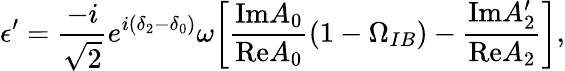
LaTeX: \epsilon^{\prime}=\frac{-i}{\sqrt{2}}e^{i(\delta_{2}-\delta_{0})}\omega\biggl[\frac{\mathrm{Im}A_{0}}{\mathrm{Re}A_{0}}(1-\Omega_{IB})-\frac{\mathrm{Im}A_{2}^{\prime}}{\mathrm{Re}A_{2}}\biggr],